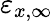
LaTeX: \varepsilon_{x,\infty}